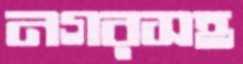
নগরসহ